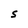
Character: S